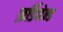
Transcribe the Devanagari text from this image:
फ़र्डिनेन्ड